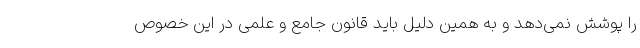
را پوشش نمی‌دهد و به همین دلیل باید قانون جامع و علمی در این خصوص